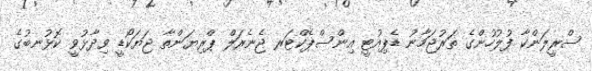
ސްރީލަންކާ ފުލުހުންގެ ތަރުޖަމާނު ޑެޕިއުޓީ އިންސްޕެކްޓަރ ޖެނެރަލް ޕްރިޔަންތާ ޖަޔަކޯޑީ ވިދާޅުވީ ކޮޅުނބުގެ